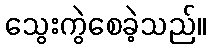
သွေးကွဲစေခဲ့သည်။